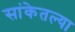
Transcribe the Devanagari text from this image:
सांकेतल्या